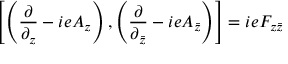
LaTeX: \left[ \left( \frac { \partial } { \partial _ { z } } - i e A _ { z } \right) , \left( \frac { \partial } { \partial _ { \bar { z } } } - i e A _ { \bar { z } } \right) \right] = i e F _ { z \bar { z } }